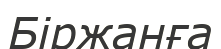
Біржанға